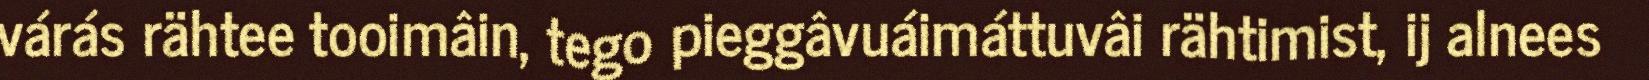
várás rähtee tooimâin, tego pieggâvuáimáttuvâi rähtimist, ij alnees